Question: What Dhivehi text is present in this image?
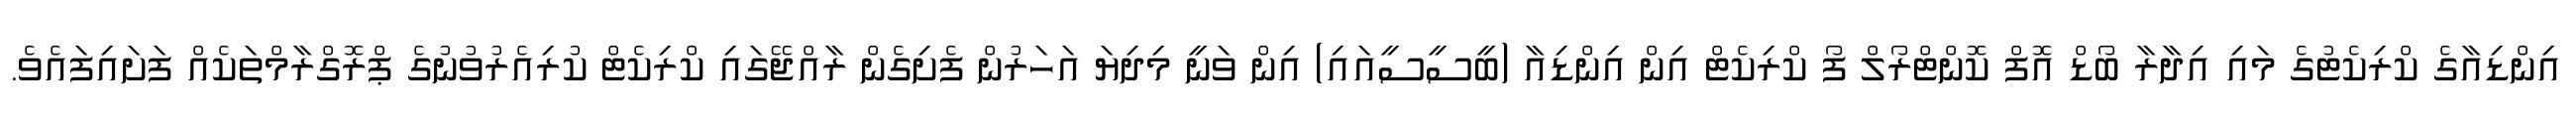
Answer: އިންޑިއާގެ ކްރިކެޓުގެ މައި އިދާރާ ބޯޑް އޮފް ކޮންޓްރޯލް ފޯ ކްރިކެޓް އިން އިންޑިއާ (ބީސީސީއައި) އިން ވަނީ މިދިޔަ އަހަރުން ފެށިގެން ރާއްޖޭގައި ކްރިކެޓް ކުރިއެރުވުނުގެ ޕްރޮގްރާމްތަކެއް ފަށައިފައެވެ.